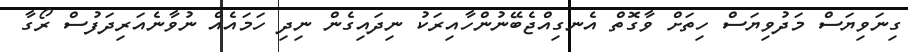
ގިނަވިޔަސް މަދުވިޔަސް ހިތަށް ވާގޮތް އެނގިއްޖެބޭނުންހާއިރަކު ނިދައިގެން ނިދި ހަމައެއް ނުވާނެއަރިދަފުސް ރޯގާ